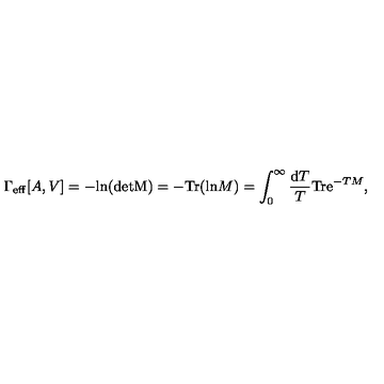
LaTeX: \Gamma _ { \mathrm { e f f } } [ A , V ] = - \mathrm { l n } ( \mathrm { d e t M } ) = - \mathrm { T r } ( \mathrm { l n } M ) = \int _ { 0 } ^ { \infty } { \frac { \mathrm { d } T } { T } } \mathrm { T r } \mathrm { e } ^ { - T M } ,